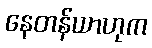
နေတန်ယာဟုက